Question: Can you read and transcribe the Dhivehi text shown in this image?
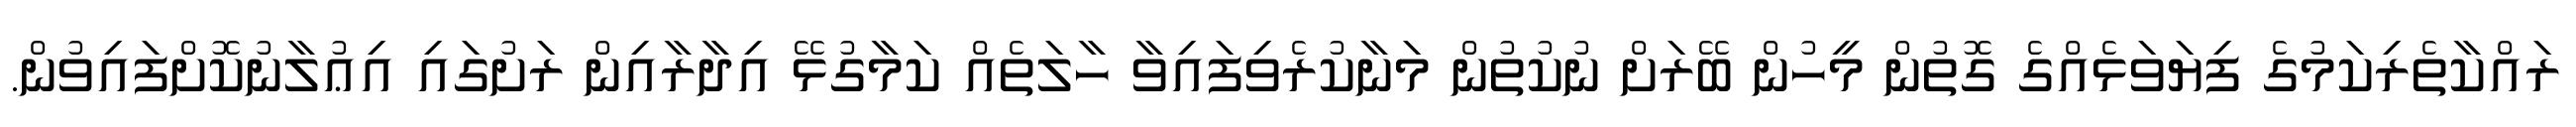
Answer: ރައްކާތެރިކަމުގެ ފިޔަވަޅެއްގެ ގޮތުން މީހުން ބޭރަށް ނުކުތުން މަނާކުރެވިފައިވާ ހާލަތެއް ކަމާގުޅޭ އިދާރާއިން ރަށުގައި އިޢުލާނުކޮށްފައިވުން.